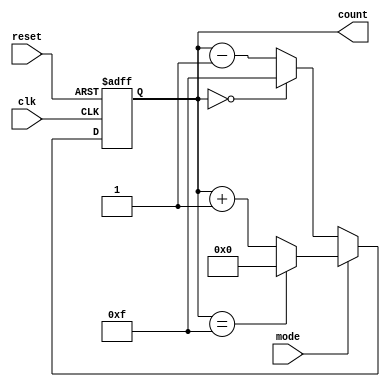
`timescale 1ns / 1ps
//////////////////////////////////////////////////////////////////////////////////
// Module Name: sync_up-down_counter
module sync_up_down_counter(clk,reset,mode,count);
input clk,reset;
input mode;  //high for up_counter and low for Down_counter
output [3:0] count;
reg [3:0] count = 4'b0000;      //Internal variables

always @(posedge clk or posedge reset) begin
if(reset==1)
    count <= 0;
 else
   if(mode == 1)    //for up_counter
          if(count ==15)
               count <= 0;        
          else
               count = count+1;
   else                            //for down_counter
           if(count == 0)   
                    count <= 15;
           else
               count = count-1;
                                
end
endmodule